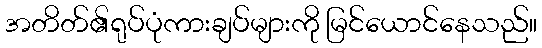
အတိတ်၏ရုပ်ပုံကားချပ်များကို မြင်ယောင်နေသည်။